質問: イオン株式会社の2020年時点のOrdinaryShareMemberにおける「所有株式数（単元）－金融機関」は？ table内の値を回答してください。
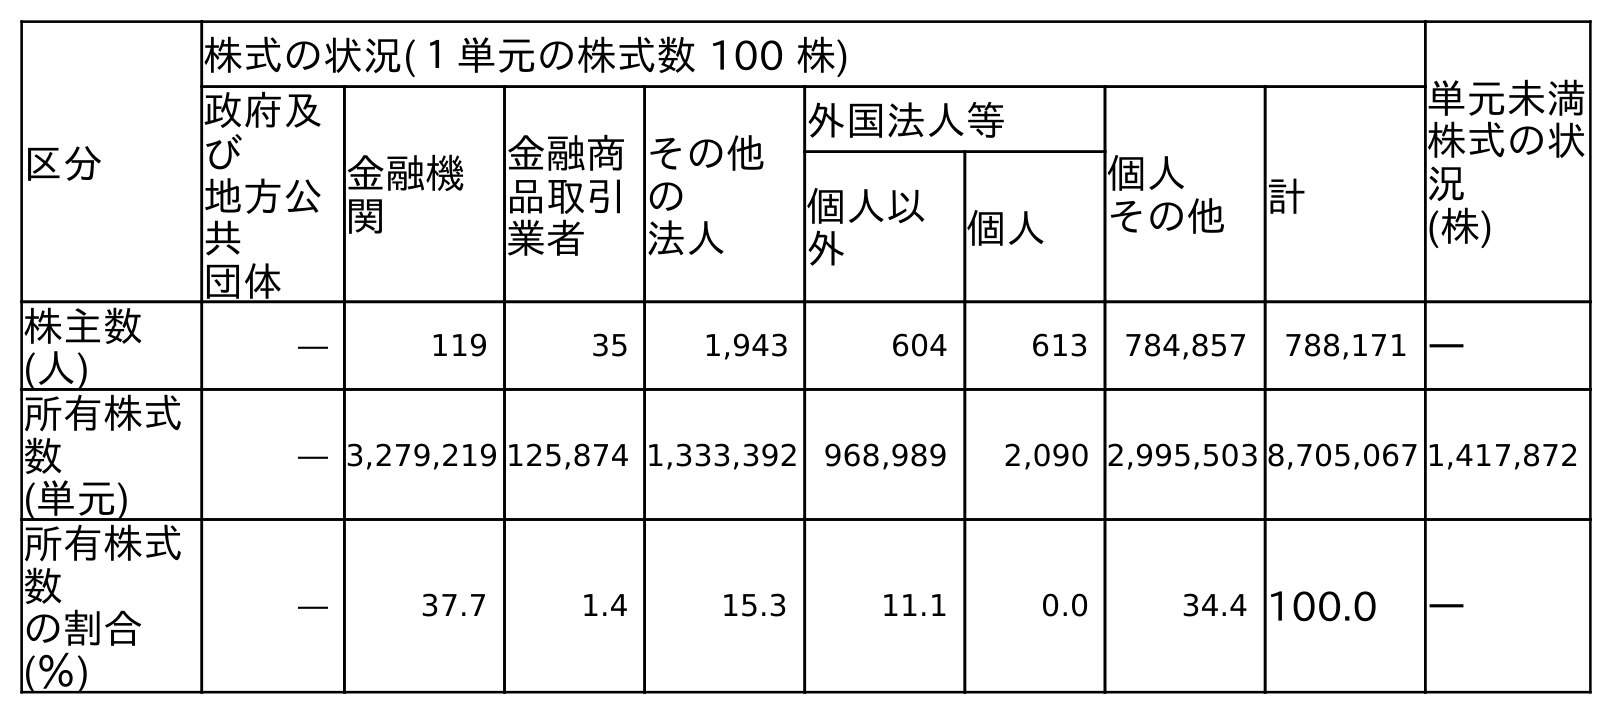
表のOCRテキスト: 区分 株式の状況(１単元の株式数 100 株) 単元未満 株式の状 況 (株) 政府及 び 地方公 共 団体 金融機 関 金融商 品取引 業者 その他 の 法人 外国法人等 個人 その他 計 個人以 外 個人 株主数 (人) ― 119 35 1,943 604 613 784,857 788,171 ― 所有株式 数 (単元) ― 3,279,219 125,874 1,333,392 968,989 2,090 2,995,503 8,705,067 1,417,872 所有株式 数 の割合 (％) ― 37.7 1.4 15.3 11.1 0.0 34.4 100.0 ―
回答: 3,279,219